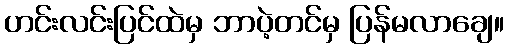
ဟင်းလင်းပြင်ထဲမှ ဘာပဲ့တင်မှ ပြန်မလာချေ။